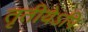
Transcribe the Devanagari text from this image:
तृतीयेऽपि